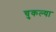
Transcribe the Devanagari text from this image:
चुकल्या